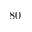
8 0